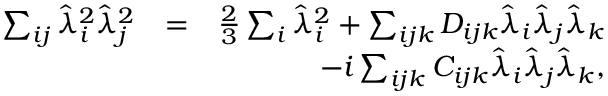
\begin{array} { r l r } { \sum _ { i j } \hat { \lambda } _ { i } ^ { 2 } \hat { \lambda } _ { j } ^ { 2 } } & { = } & { \frac { 2 } { 3 } \sum _ { i } \hat { \lambda } _ { i } ^ { 2 } + \sum _ { i j k } D _ { i j k } \hat { \lambda } _ { i } \hat { \lambda } _ { j } \hat { \lambda } _ { k } } \\ & { } & { - i \sum _ { i j k } C _ { i j k } \hat { \lambda } _ { i } \hat { \lambda } _ { j } \hat { \lambda } _ { k } , } \end{array}